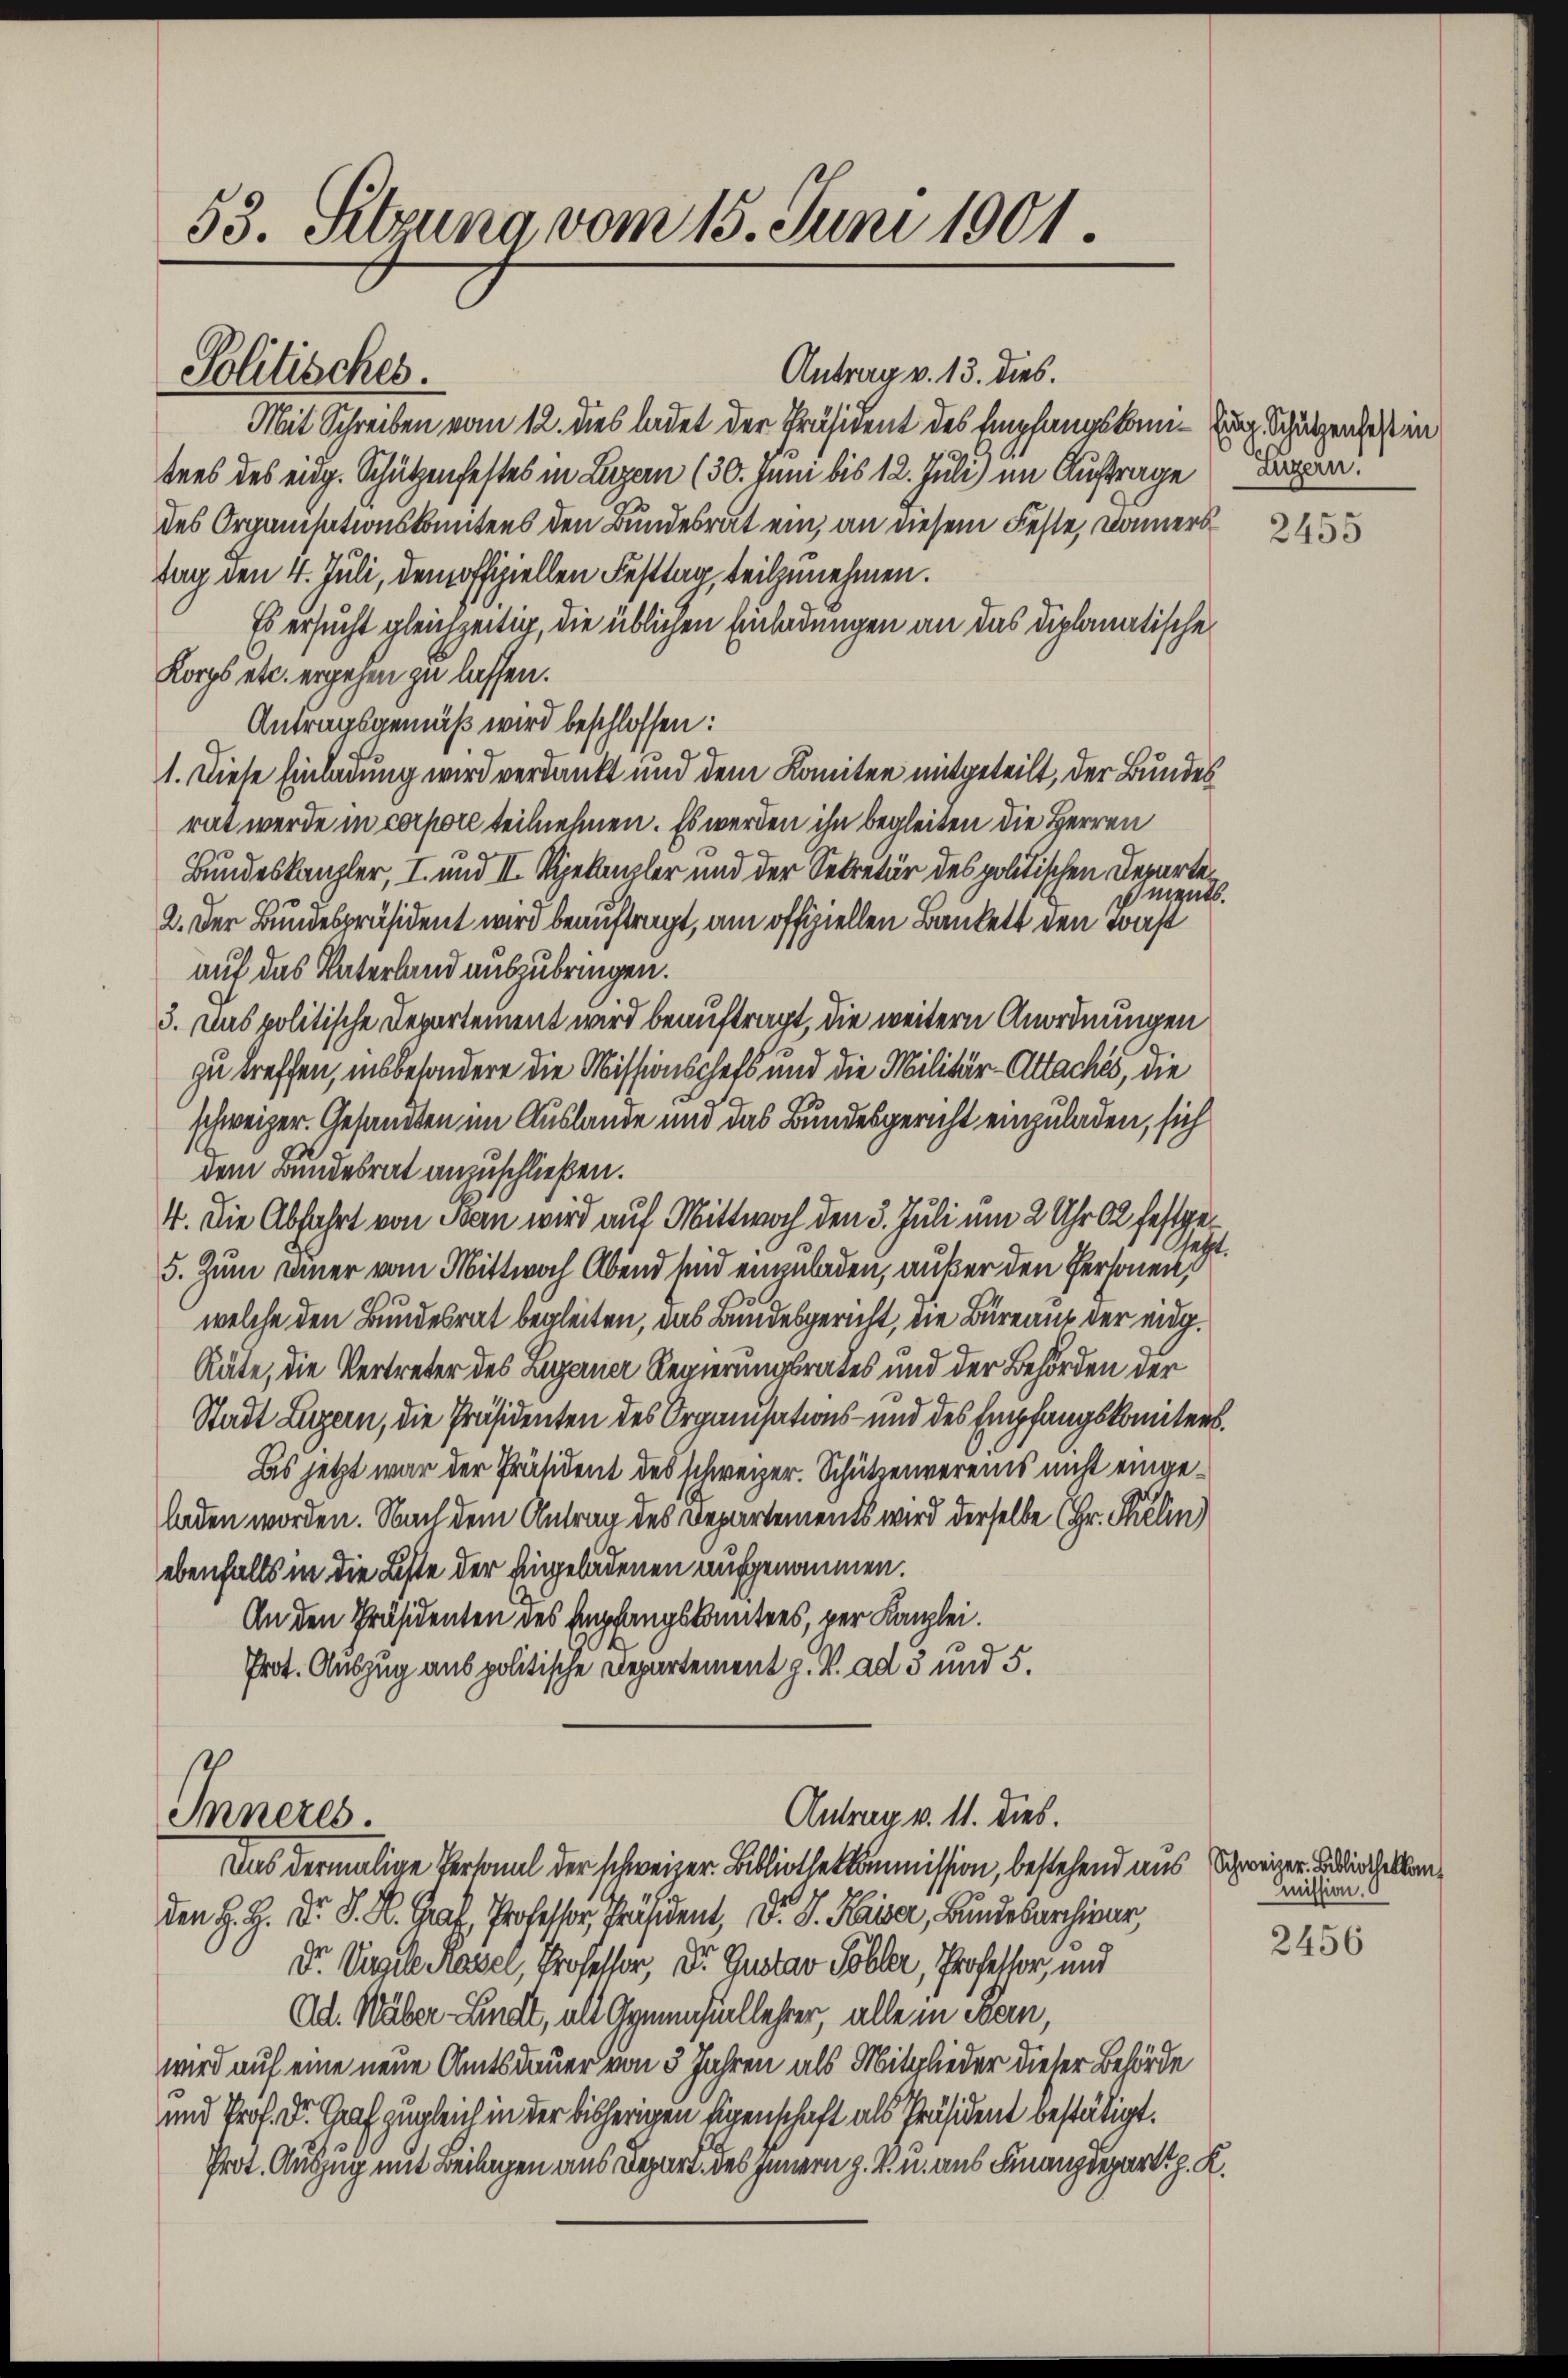
53. Sitzung vom 15. Juni 1901

Mit Schreiben vom 12. dies ladet der Präsident des Empfangskom- Eing. Schutzenheit in
tens des eidg. Schützenfestes in Luzern (30. Juni bis 12. Juli) im Auftrage daran.
des Organisationskontens den Bundesrat ein, an diesem Feste, Donner
tag den 4. Juli, dem offiziellen Festtag, teilzunehmen.
Es ersucht gleichzeitig, die üblichen Einladungen an das diplomatische
Korps etc. ergehen zu lassen.
Antragsgemäß wird beschlossen:
1. Diese Einladung wird verdankt und dem Komiten mitgeteilt, der Bundes
rat werde in corpore teilnehmen. Es werden ihn begleiten die Herren
Bundeskanzler, I. und II. Sekanzler und der Sekretär des politischen Departements.
2. Der Bundespräsident wird beauftragt, am offiziellen Bankett den Tonst
auf das Vaterland auszubringen.
3. Das politische Departement wird beauftragt, die weitern Anordnungen
zu treffen, insbesondere die Missionschefs und die Militär-Attachés, die
schweizer. Gesandten im Auslande und das Bundesgericht einzuladen, sich
dem Bundesrat anzuschließen.
4. Die Abfahrt von Ban wird auf Mittwoch den 3. Juli um 2 Uhr 62 festge¬
Setzt.
5. Zum einer vom Mittwoch Abend sind einzuladen, außer den Personen,
welche den Bundesrat begleiten, das Bundesgericht, die Büreaus der eidg.
Aute, die Vertreter des Luzerner Regierungsrates und der Behörden der
Stadt Luzern, die Präsidenten des Organisations- und des Empfangskomitens.
Bis jetzt war der Präsident des schweizer. Schützenvereins nicht eingeladen worden. Nach dem Antrag des Departements wird derselbe (Hr. Selin)
ebenfalls in die Liste der Eingeladenen aufgenommen.
An den Präsidenten des Empfangskomitees, der Kanzlei.
Prot. Auszug aus politische Departement J. V. ad 3 und 5.
Antrag v. 11. dies.
Inneres.
Das dermalige Versammt der schweizer Bibliothekkommission, bestehend aus
den H. H. Dr. S. K. Graf, Professor Präsident, d. J. Kaiser, Bundesarchivar,
Dr. Virgil Kavel, Professor, Dr. Gustav Pöller, Professor, und
Ad. Wäber Lindt, als Gemeinhullehrer, alle in Bern,
wird auf eine neue Amtsdauer von 5 Jahren als Mitglieder dieser Behörde
und Prof. Dr. Graf zugleich in der bisherigen Eigenschaft als Präsident bestätigt.
Prot. Auszug mit Beilagen aus Depart des Innern z. B. u. aus Finanzdepart z. K.

Politisches.

Antrag v. 13. dies.

2455

Schweizer. Bibliothekkan
mmission.

2456